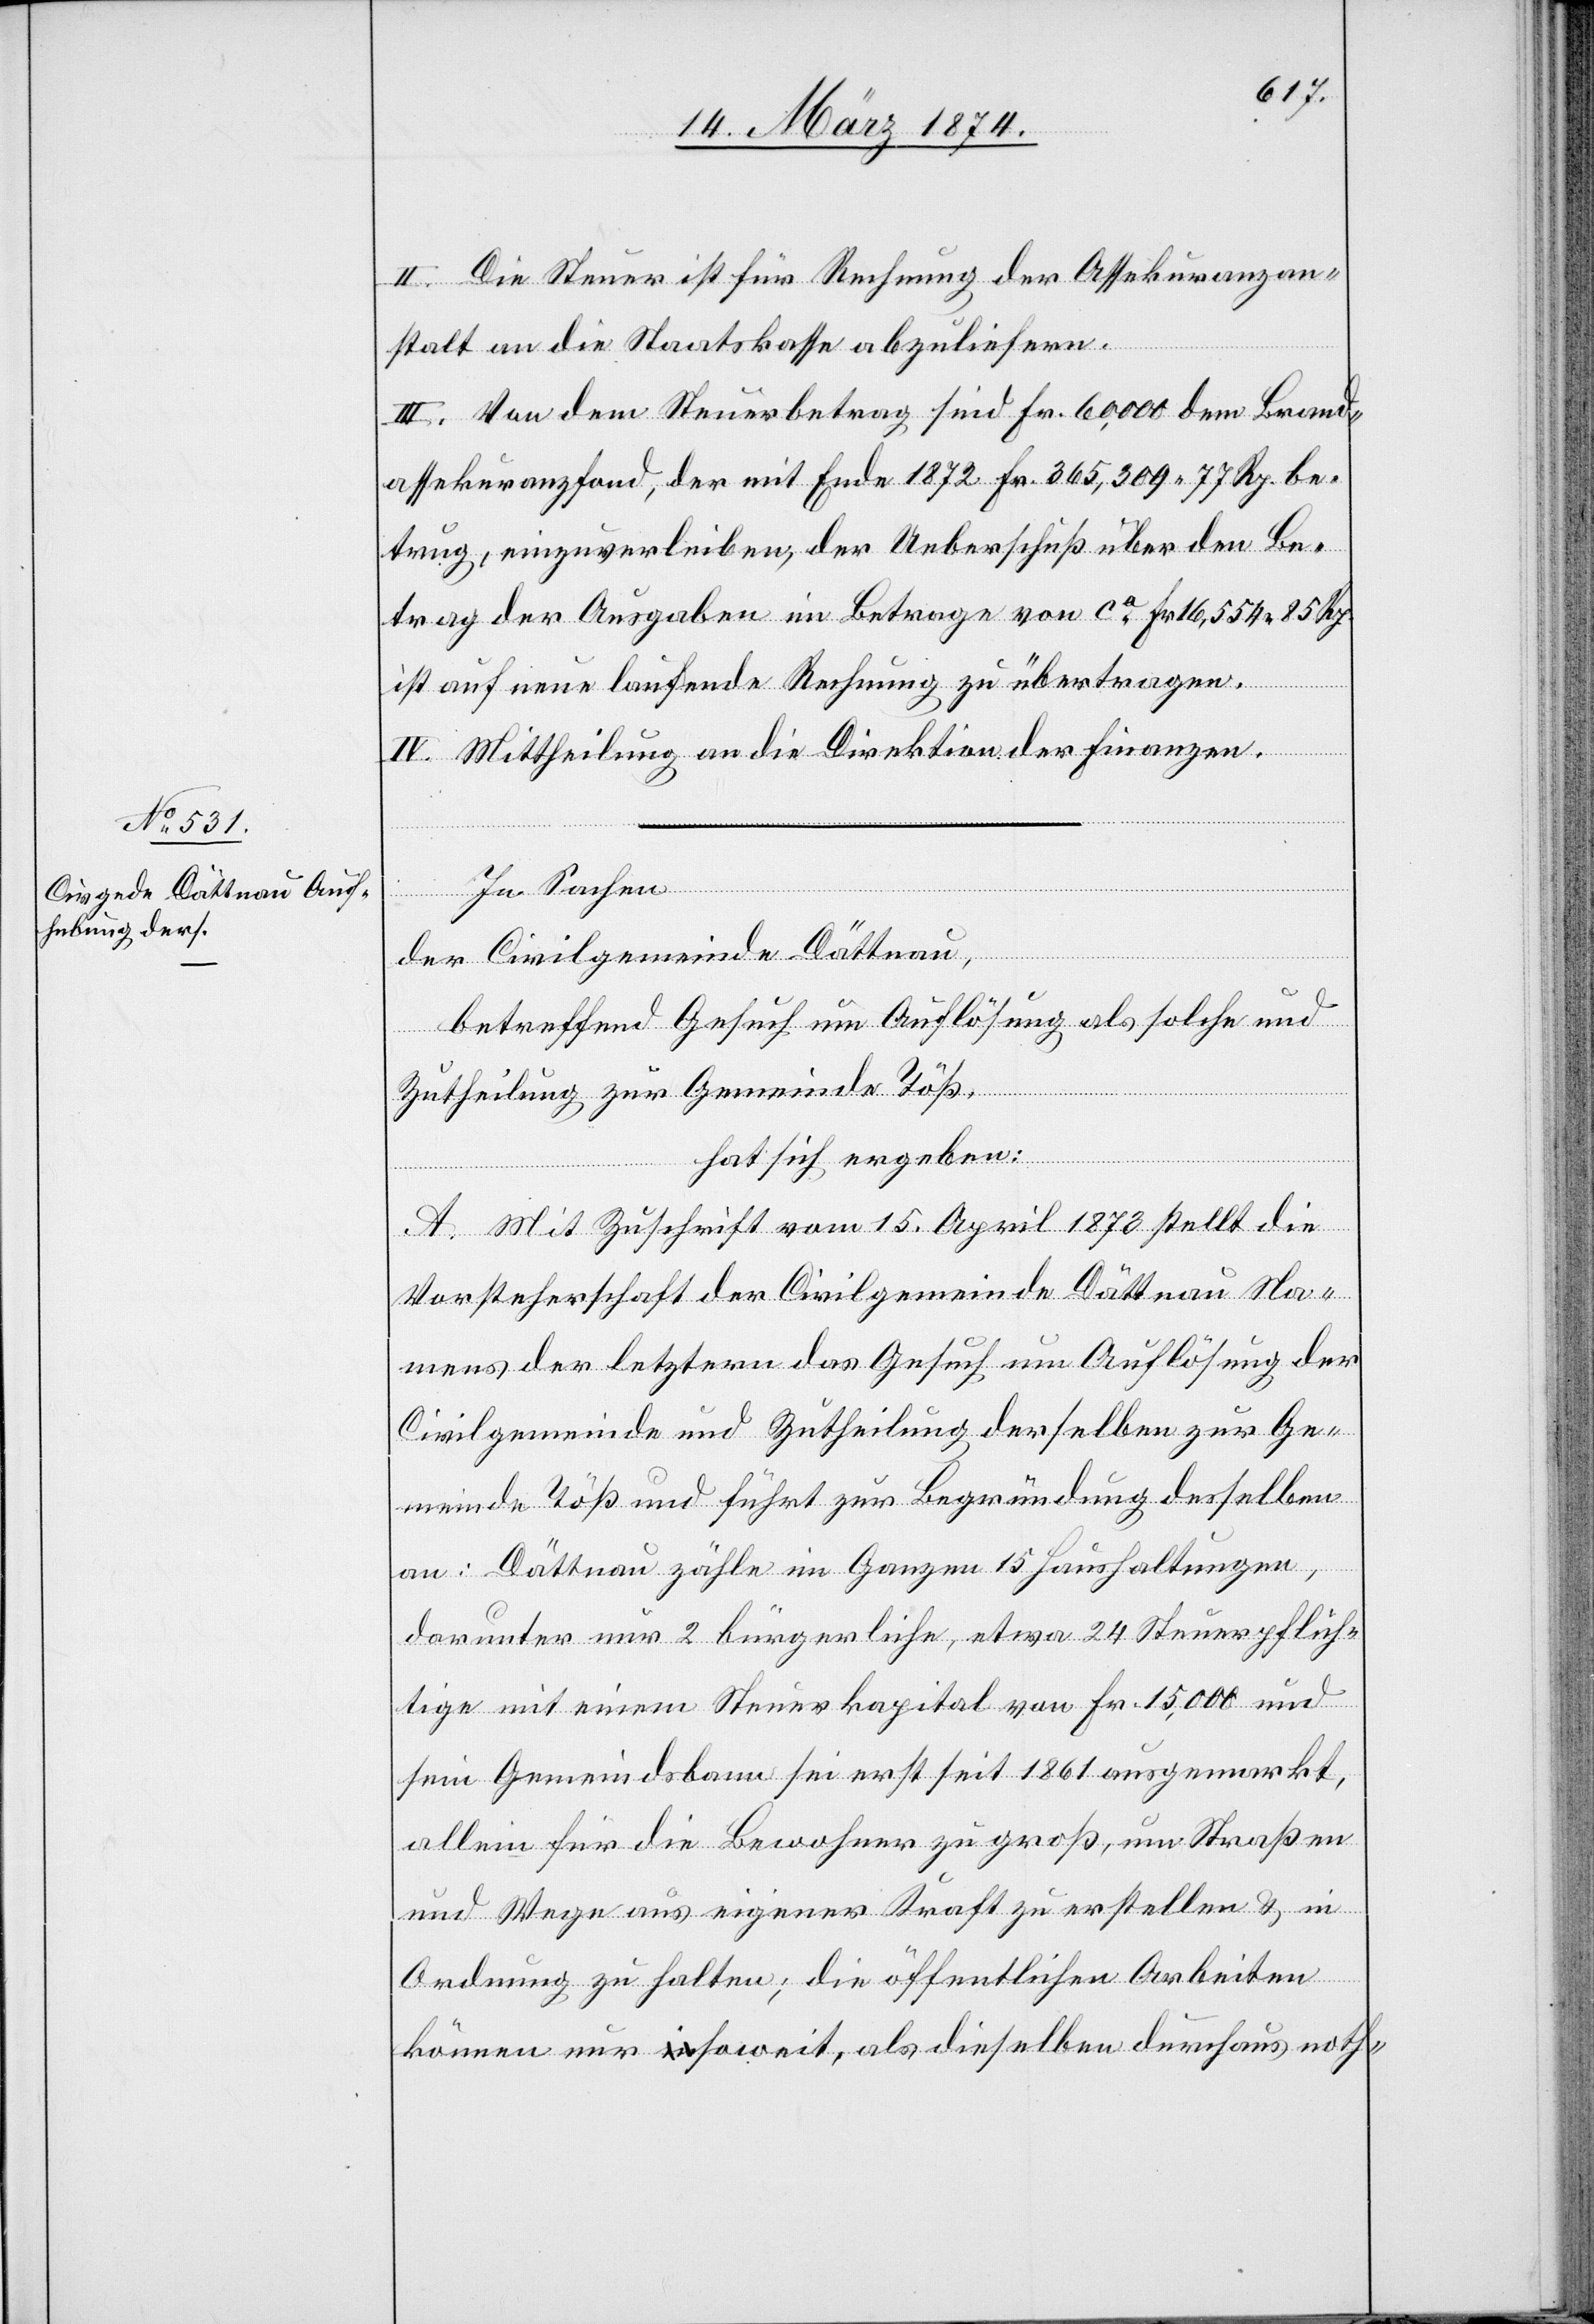
II. Die Steuer ist für Rechnung der Assekuranzan¬
stalt an die Staatskasse abzuliefern.
III. Von dem Steuerbetrag sind Fr. 60,000 dem Brand¬
assekuranzfond, der mit Ende 1872 Fr. 365,309.77 Rp. be¬
trug, einzuverleiben, der Ueberschuß über den Be¬
trag der Ausgaben im Betrage von ca Fr. 16,554.85 Rp.
ist auf neue laufende Rechnung zu übertragen.
IV. Mittheilung an die Direktion der Finanzen.
In Sachen
der Civilgemeinde Dättnau,
betreffend Gesuch um Auflösung als solche und
Zutheilung zur Gemeinde Töß,
hat sich ergeben:
A. Mit Zuschrift vom 15. April 1873 stellt die
Vorsteherschaft der Civilgemeinde Dättnau Na¬
mens der letztern das Gesuch um Auflösung der
Civilgemeinde und Zutheilung derselben zur Ge¬
meinde Töß und führt zur Begründung desselben
an: Dättnau zähle im Ganzen 15 Haushaltungen,
darunter nur 2 bürgerliche, etwa 24 Steuerpflich¬
tige mit einem Steuerkapital von Fr. 15,000 und
sein Gemeindsbann sei erst seit 1861 ausgemarkt,
allein für die Bewohner zu groß, um Straßen
und Wege aus eigener Kraft zu erstellen u. in
Ordnung zu halten; die öffentlichen Arbeiten
können nur soweit, als dieselben durchaus noth-